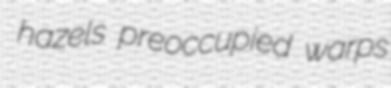
hazels preoccupied warps